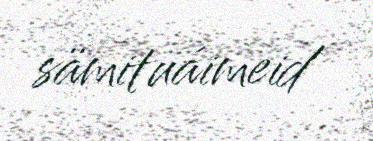
sämituáimeid